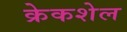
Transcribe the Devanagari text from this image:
क्रेकशेल